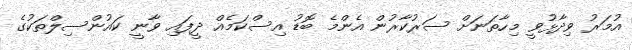
އުމަރު ވިދާޅުވީ މިހާތަނަށް ސަރުކާރުން އެންމެ ބޮޑު އިސްކަމެއް ދީފައި ވާނީ ކައުންސިލްތަކުގެ